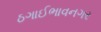
ઠગાઈભાવનગર